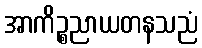
အာကိဉ္စညာယတနသညံ